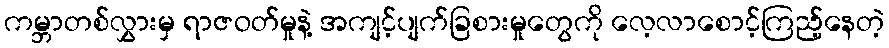
ကမ္ဘာတစ်လွှားမှ ရာဇဝတ်မှုနဲ့ အကျင့်ပျက်ခြစားမှုတွေကို လေ့လာစောင့်ကြည့်နေတဲ့